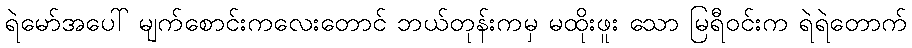
ရဲမော်အပေါ် မျက်စောင်းကလေးတောင် ဘယ်တုန်းကမှ မထိုးဖူး သော မြရီဝင်းက ရဲရဲတောက်